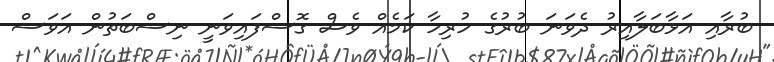
ބުރާއި އަޅާބަލާއިރު ދެވަނަ ބުރުގެ ހުރިހާ ކަމެއް ވެސް ގޮސްފައިވަނީ ނިސްބަތުން އަވަސް